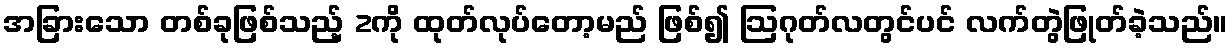
အခြားသော တစ်ခုဖြစ်သည့် 2ကို ထုတ်လုပ်တော့မည် ဖြစ်၍ ဩဂုတ်လတွင်ပင် လက်တွဲဖြုတ်ခဲ့သည်။